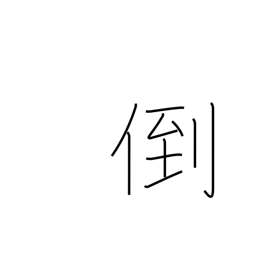
Meaning: break down